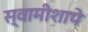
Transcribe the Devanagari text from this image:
स्वामीशापे